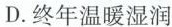
D.终年温暖湿润